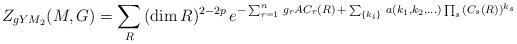
LaTeX: \begin{align*}Z_{gYM_2}(M, G)= \sum_{R} \,(\dim R)^{2-2p}\, e^{-\sum_{r=1}^n \, g_r A C_r(R)\, +\, \sum_{\{ k_i \}} \, a(k_1,k_2, \ldots) \prod_s \, (C_s(R))^{k_s}}\end{align*}